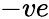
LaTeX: -ve